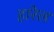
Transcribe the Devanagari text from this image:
हारेल